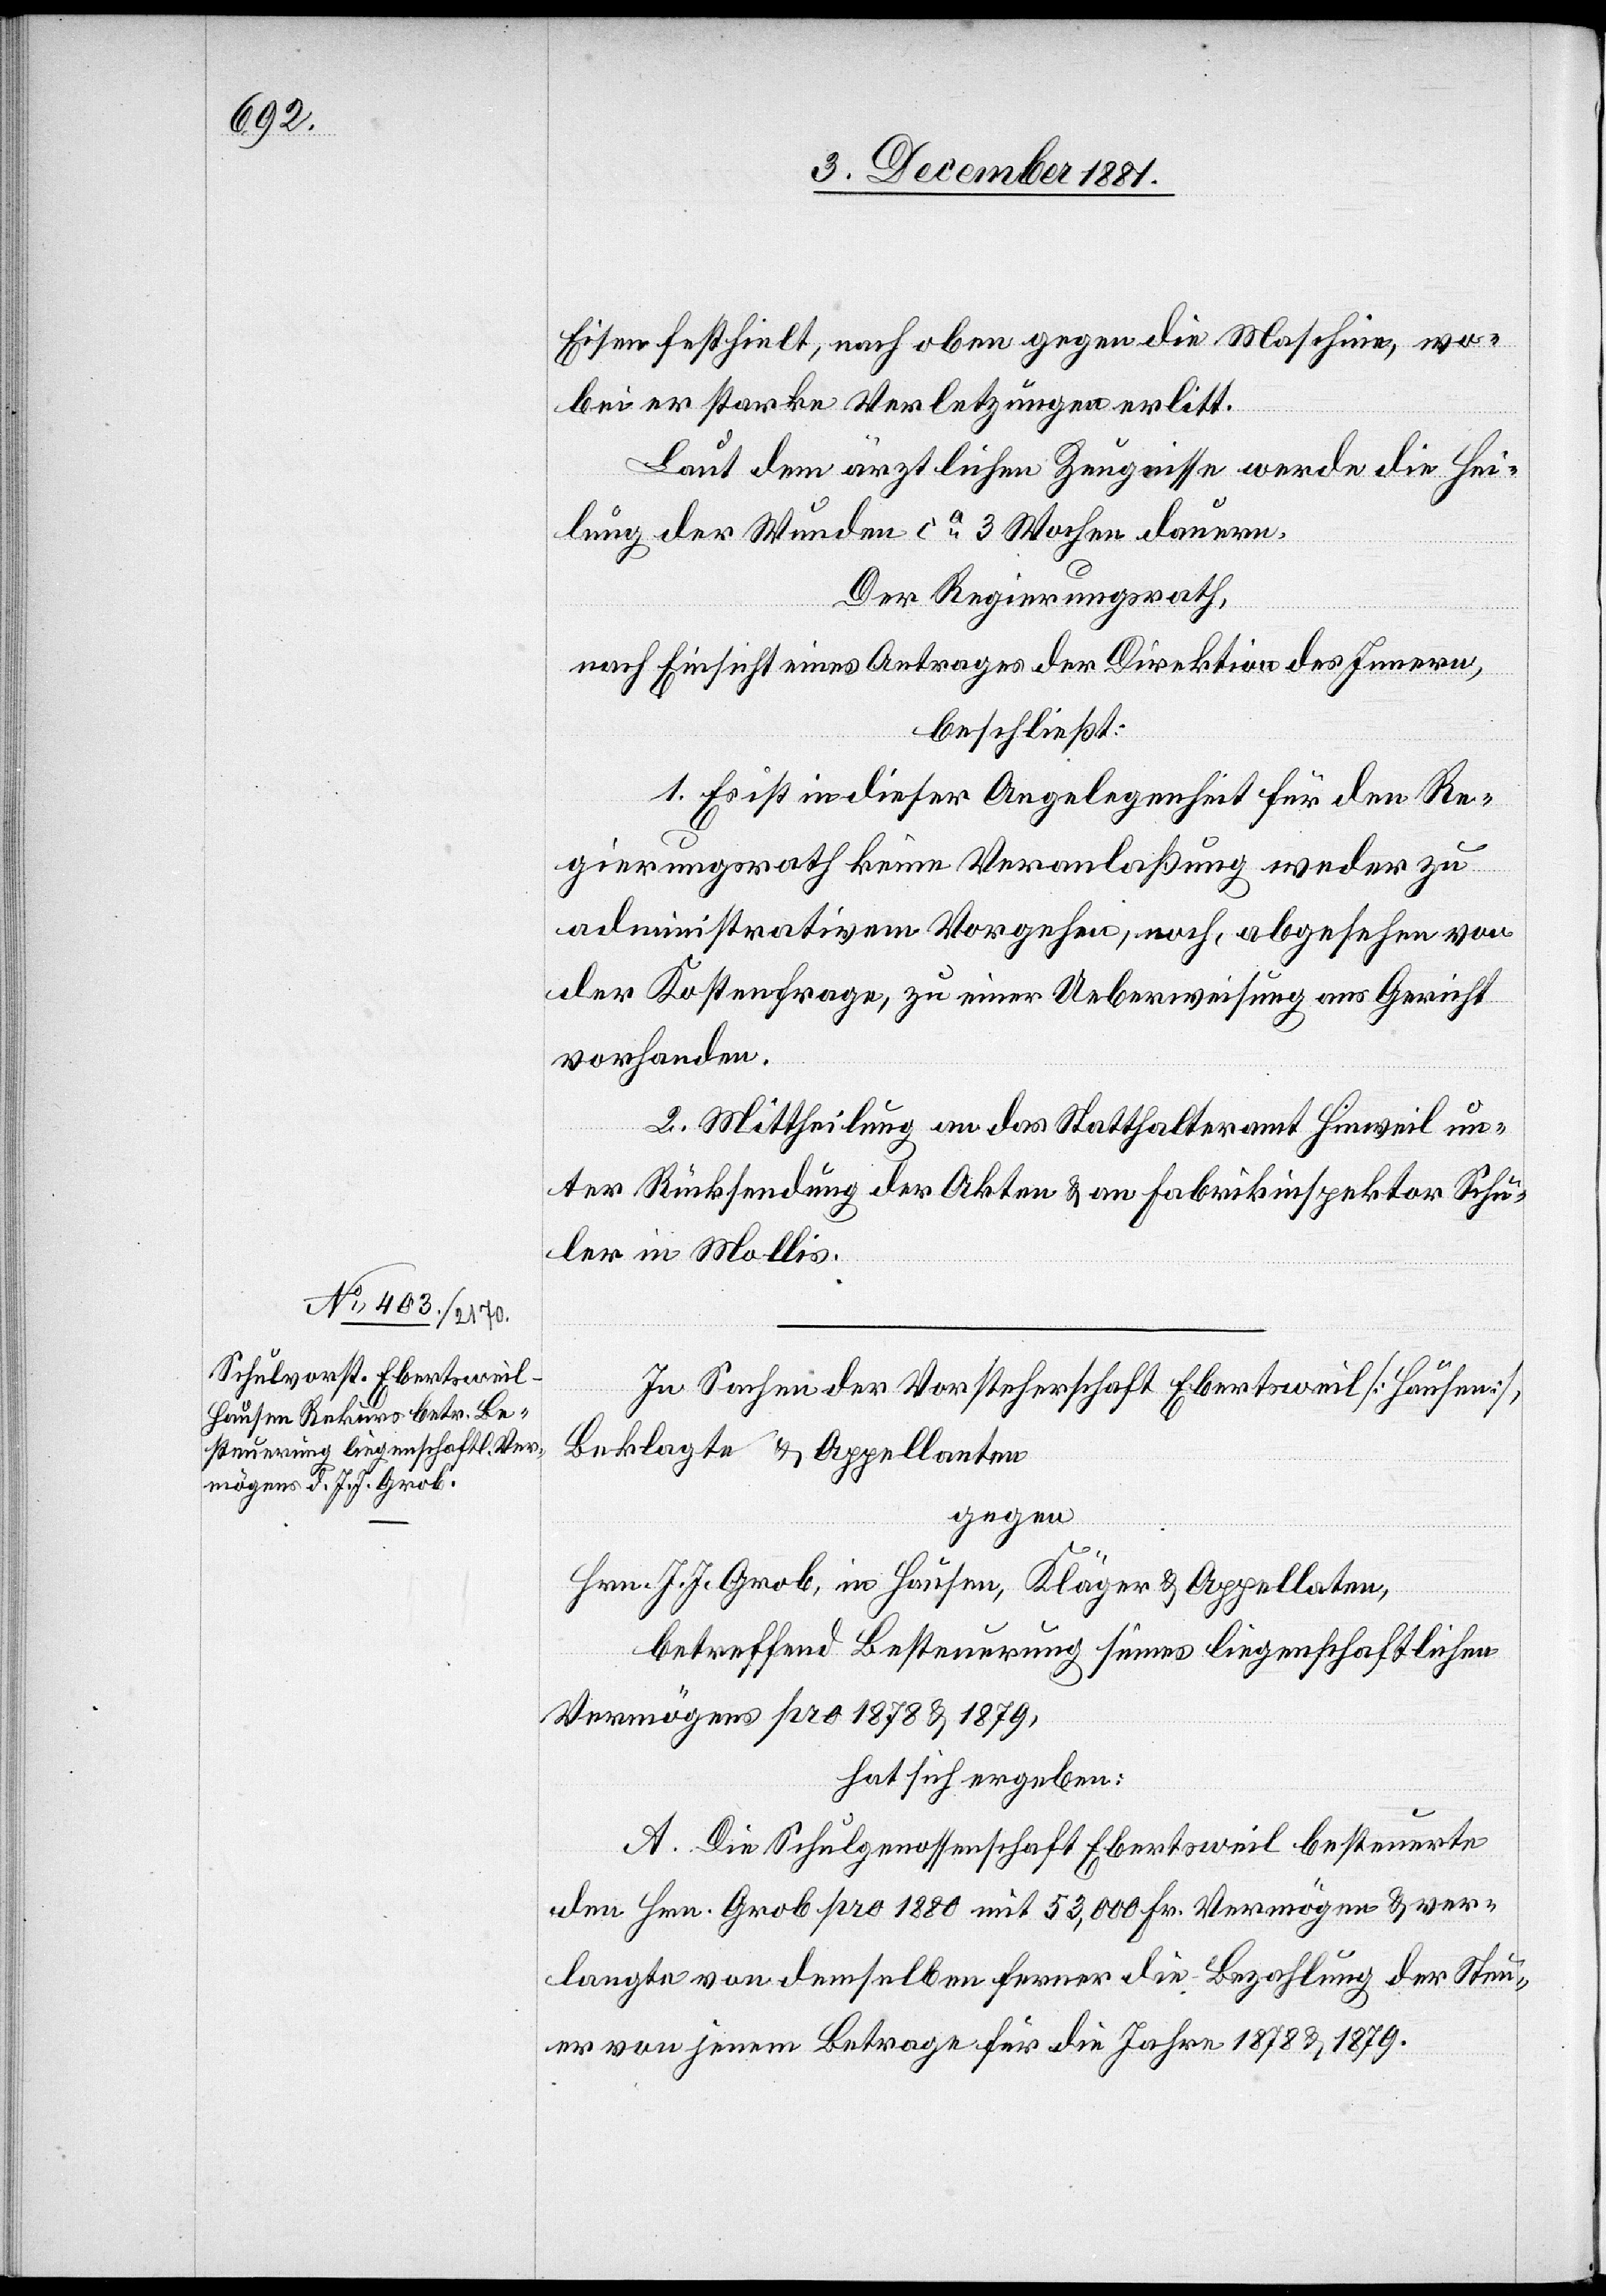
Eisen festhielt, nach oben gegen die Maschine, wo¬
bei er starke Verletzungen erlitt.
Laut dem ärztlichen Zeugnisse werde die Hei¬
lung der Wunden ca 3 Wochen dauern.
Der Regierungsrath,
nach Einsicht eines Antrages der Direktion des Innern,
beschließt:
1. Es ist in dieser Angelegenheit für den Re¬
gierungsrath keine Veranlaßung weder zu
administrativem Vorgehen, noch, abgesehen von
der Kostenfrage, zu einer Ueberweisung ans Gericht
vorhanden.
2. Mittheilung an das Statthalteramt Hinweil un¬
ter Rücksendung der Akten & an Fabrikinspektor Schu¬
ler in Mollis.
In Sachen der Vorsteherschaft Ebertsweil [Hausen],
Beklagte & Appellanten
gegen
Hrn. J. J. Grob, in Hausen, Kläger & Appellaten,
betreffend Besteuerung seines liegenschaftlichen
Vermögens pro 1878 & 1879,
hat sich ergeben:
A. Die Schulgenossenschaft Ebertsweil besteuerte
den Hrn. Grob pro 1880 mit 53,000 Fr. Vermögen & ver¬
langte von demselben ferner die Bezahlung der Steu¬
er von jenem Betrage für die Jahre 1878 & 1879.